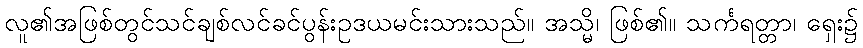
လူ၏အဖြစ်တွင်သင်ချစ်လင်ခင်ပွန်းဥဒယမင်းသားသည်။ အသ္မိ၊ ဖြစ်၏။ သင်္ကရတ္တာ၊ ရှေး၌